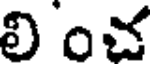
లించ